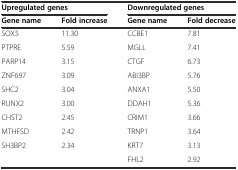
<table><thead><tr><td colspan="2"><b>Upregulated genes</b></td><td colspan="2"><b>Downregulated genes</b></td></tr><tr><td><b>Gene name</b></td><td><b>Fold increase</b></td><td><b>Gene name</b></td><td><b>Fold decrease</b></td></tr></thead><tbody><tr><td>SOX5</td><td>11.30</td><td>CCBE1</td><td>7.81</td></tr><tr><td>PTPRE</td><td>5.59</td><td>MGLL</td><td>7.41</td></tr><tr><td>PARP14</td><td>3.15</td><td>CTGF</td><td>6.73</td></tr><tr><td>ZNF697</td><td>3.09</td><td>ABI3BP</td><td>5.76</td></tr><tr><td>SHC2</td><td>3.04</td><td>ANXA1</td><td>5.50</td></tr><tr><td>RUNX2</td><td>3.00</td><td>DDAH1</td><td>5.36</td></tr><tr><td>CHST2</td><td>2.45</td><td>CRIM1</td><td>3.66</td></tr><tr><td>MTHFSD</td><td>2.42</td><td>TRNP1</td><td>3.64</td></tr><tr><td>SH3BP2</td><td>2.34</td><td>KRT7</td><td>3.13</td></tr><tr><td></td><td></td><td>FHL2</td><td>2.92</td></tr></tbody></table>